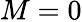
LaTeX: M=0